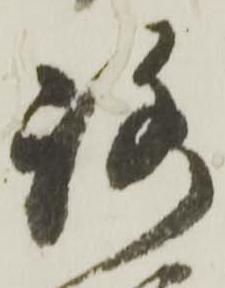
路